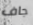
جاف